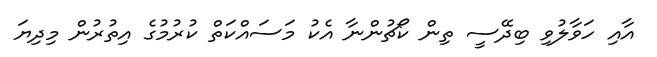
އާއި ހަވާލުވި ބިދޭސީ ތިން ކޯޗުންނާ އެކު މަސައްކަތް ކުރުމުގެ އިތުރުން މިދިޔަ